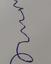
Signature authenticity: forged